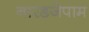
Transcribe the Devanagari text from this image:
नारडजेपाम